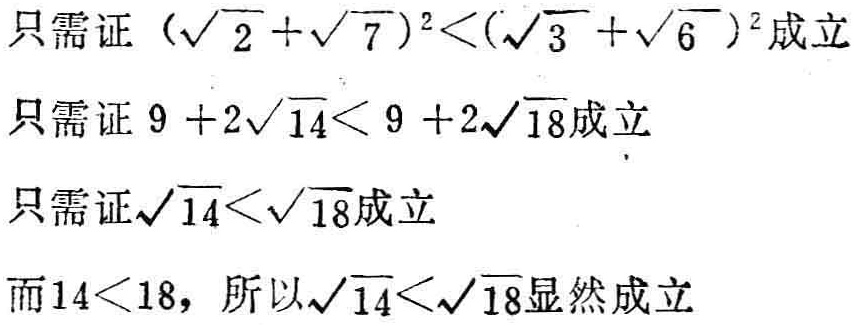
只需证\((\sqrt{2}+\sqrt{7})^2<(\sqrt{3}+\sqrt{6})^2\)成立

只需证\(9 + 2\sqrt{14}< 9 + 2\sqrt{18}\)成立

只需证\(\sqrt{14}<\sqrt{18}\)成立

而\(14<18\)，所以\(\sqrt{14}<\sqrt{18}\)显然成立